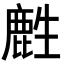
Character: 𪊟